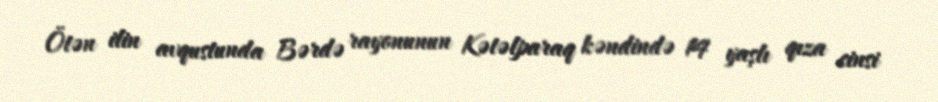
Ötən ilin avqustunda Bərdə rayonunun Kətəlparaq kəndində 14 yaşlı qıza cinsi